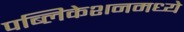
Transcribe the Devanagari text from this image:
पब्लिकेशनमध्ये